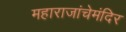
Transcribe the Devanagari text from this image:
महाराजांचेमंदिर